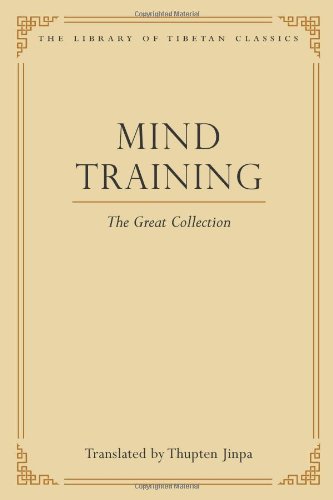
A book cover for Mind Training: The Great Collection (Library of Tibetan Classics); Thupten Jinpa Ph.D. Ph.D.; Religion & Spirituality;